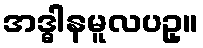
အဒ္ဓါနမူလပဥှ။